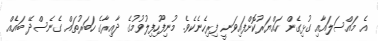
އެ މައްސަލައާއި ގުޅިގެން ހައްޔަރުކޮށްފައިވަނީ ފިރިހެނެކެވެ. މުނިފޫހިފިލުވުމުގެ ދާއިރާގެ ހަބަރުތައް ގެނެސްދޭ ބައެއް